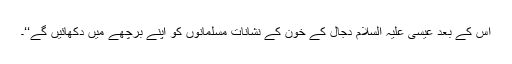
اس کے بعد عیسیٰ علیہ السلام دجال کے خون کے نشانات مسلمانوں کو اپنے برچھے میں دکھائیں گے‘‘۔